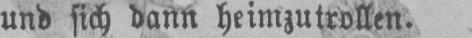
und sich dann heimzutrollen.